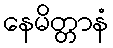
နေမိတ္တာနံ